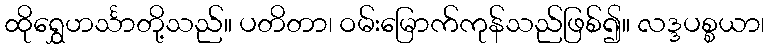
ထိုရွှေဟင်္သာတို့သည်။ ပတိတာ၊ ဝမ်းမြောက်ကုန်သည်ဖြစ်၍။ လဒ္ဒပစ္စယာ၊